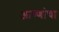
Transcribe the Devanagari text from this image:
आण्णांचा